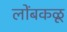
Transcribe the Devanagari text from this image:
लोंबकळू